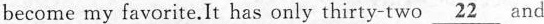
become my favorite. It has only thirty-two \underline{22} and